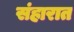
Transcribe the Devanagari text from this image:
संहारात